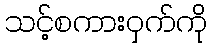
သင့်စကားဝှက်ကို